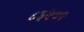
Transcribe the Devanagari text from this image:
८३२७९